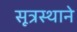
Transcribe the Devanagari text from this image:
सूत्रस्थाने